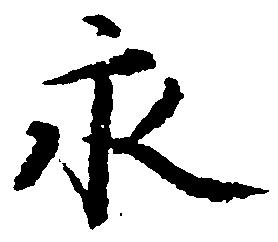
永